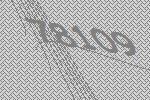
78109